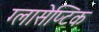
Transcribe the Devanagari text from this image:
ग्लासेप्टिक